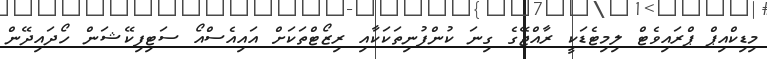
މިޑިިކްއިޕް ޕްރައިވެޓް ލިމިޓެޑަކީ ރާއްޖޭގެ ގިނަ ކުންފުނިތަކަކާއި ރިޒޯޓްތަކަށް އައިއެސްއޯ ސަޓިފިކޭޝަން ހޯދައިދޭން